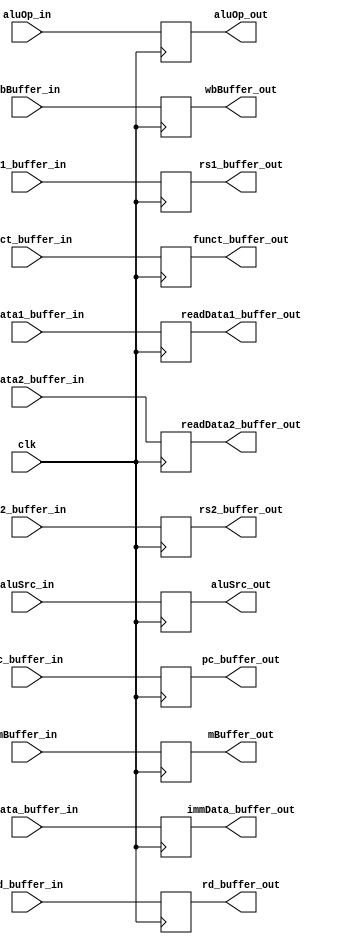
module IDEX(
	input clk,
	input [63:0] pc_buffer_in, readData1_buffer_in, readData2_buffer_in, immData_buffer_in,
	input [4:0] rs1_buffer_in, rs2_buffer_in, rd_buffer_in,
	input [3:0] funct_buffer_in,
	input [2:0] mBuffer_in,
	input [1:0] wbBuffer_in, aluOp_in,
	input aluSrc_in,
	output reg [63:0] pc_buffer_out, readData1_buffer_out, readData2_buffer_out, immData_buffer_out,
	output reg [4:0] rs1_buffer_out, rs2_buffer_out, rd_buffer_out,
	output reg [3:0] funct_buffer_out,
	output reg [2:0] mBuffer_out,
	output reg [1:0] wbBuffer_out, aluOp_out,
	output reg aluSrc_out
);

always @(posedge clk)
begin
	 pc_buffer_out = pc_buffer_in;
	 readData1_buffer_out = readData1_buffer_in;
	 readData2_buffer_out = readData2_buffer_in;
	 immData_buffer_out = immData_buffer_in;
	 rs1_buffer_out = rs1_buffer_in;
	 rs2_buffer_out = rs2_buffer_in;
	 rd_buffer_out = rd_buffer_in;
	 funct_buffer_out = funct_buffer_in;
	 mBuffer_out = mBuffer_in;
	 wbBuffer_out = wbBuffer_in;
	 aluOp_out = aluOp_in;
	 aluSrc_out = aluSrc_in;
end

endmodule